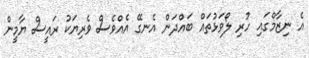
އެ ނިޒާމްގައި ހުރި ލޯވަޅުތައް ބައްދަން އެނގޭ އެއްވެސް ވެރިޔަކު ރައީސް ޔާމީން